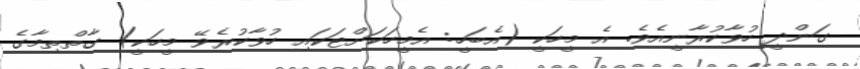
ގަންދީ ހުވާކުރާނީއެވެ. އެ މީހަކީ (އެބަހީ: އެމީހަކަށްޓަކައި ހުވާކުރެވޭ މީހަކީ) ގާތްތިމާގެ